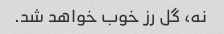
نه، گل رز خوب خواهد شد.